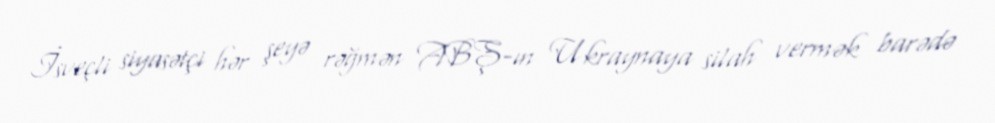
İsveçli siyasətçi hər şeyə rəğmən ABŞ-ın Ukraynaya silah vermək barədə